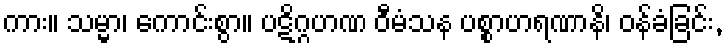
ကား။ သမ္မာ၊ ကောင်းစွာ။ ပဋိဂ္ဂဟဏ ဝီမံသန ပစ္စာဟရဏာနိ၊ ဝန်ခံခြင်း,